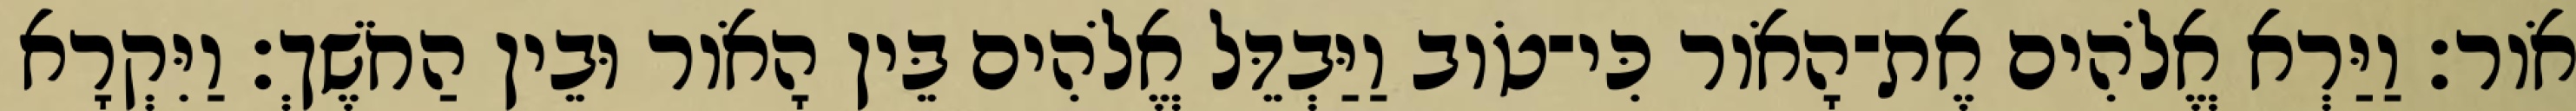
אֹור׃ וַיַּרְא אֱלֹהִים אֶת־הָאֹור כִּי־טֹוב וַיַּבְדֵּל אֱלֹהִים בֵּין הָאֹור וּבֵין הַחֹשֶׁךְ׃ וַיִּקְרָא